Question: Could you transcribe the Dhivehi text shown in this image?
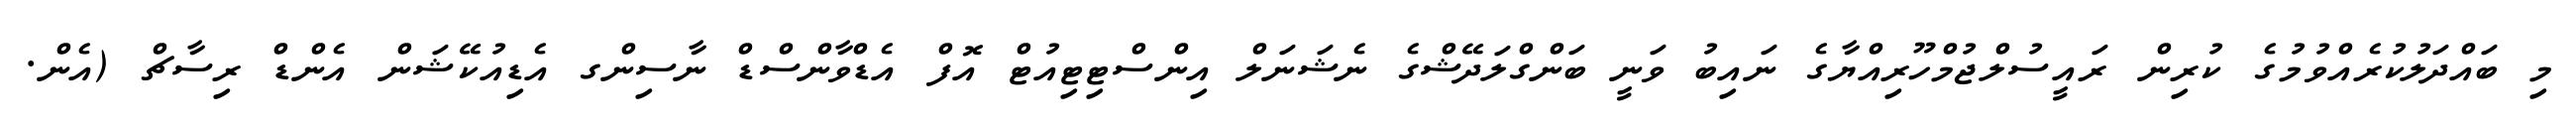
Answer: މި ބައްދަލުކުރެއްވުމުގެ ކުރިން ރައީސުލްޖުމްހޫރިއްޔާގެ ނައިބު ވަނީ ބަންގްލަދޭޝްގެ ނެޝަނަލް އިންސްޓިޓިއުޓް އޮފް އެޑްވާންސްޑް ނާސިންގ އެޑިއުކޭޝަން އެންޑް ރިސާޗް (އެން.